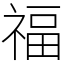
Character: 福